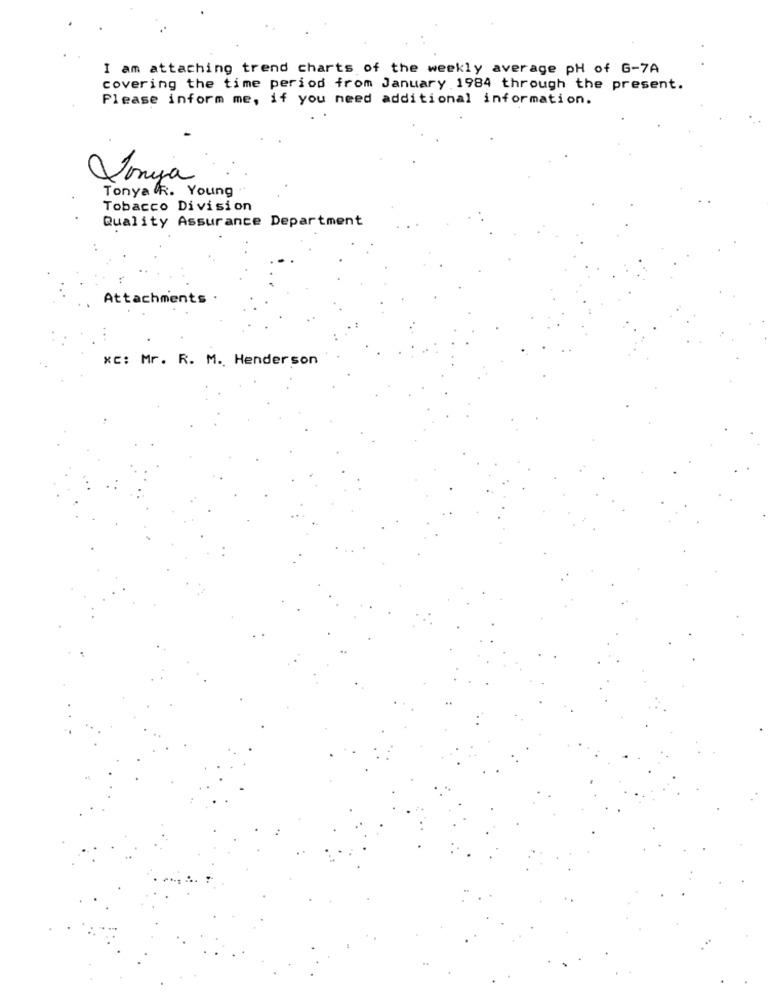
I am attaching trend charts of the weekly average pH of G-7A
covering the time period from January 1984 through the present.
Please inform me, if you need additional information.
Vonya
Tonya R. Young
Tobacco Division
Quality Assurance Department
Attachments .
xc: Mr. R. M. Henderson